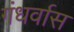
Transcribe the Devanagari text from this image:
गंधर्वास